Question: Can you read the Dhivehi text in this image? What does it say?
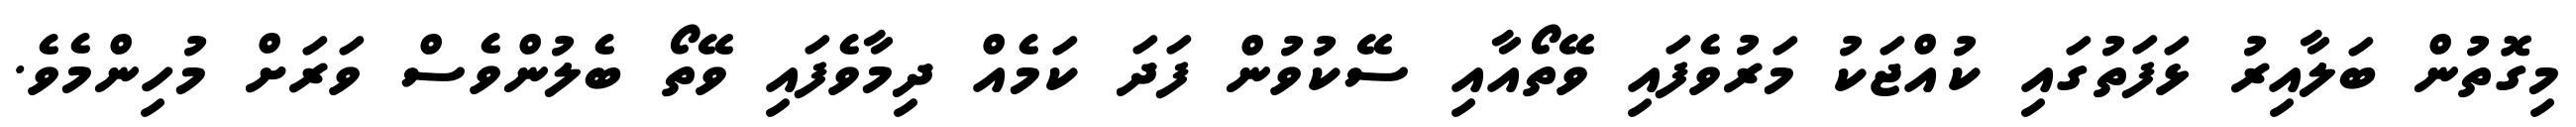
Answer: މިގޮތުން ބަލާއިރު ޅަފަތުގައި ކުއްޖަކު މަރުވެފައި ވޭތޯއާއި ސޭކުވުން ފަދަ ކަމެއް ދިމާވެފައި ވޭތޯ ބެލުންވެސް ވަރަށް މުހިންމެވެ.